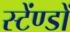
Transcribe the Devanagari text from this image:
स्टेंण्डों